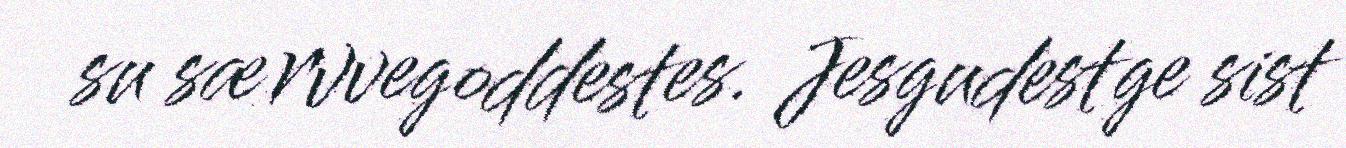
su særvvegoddestes. Jesgudestge sist